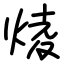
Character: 𤊥